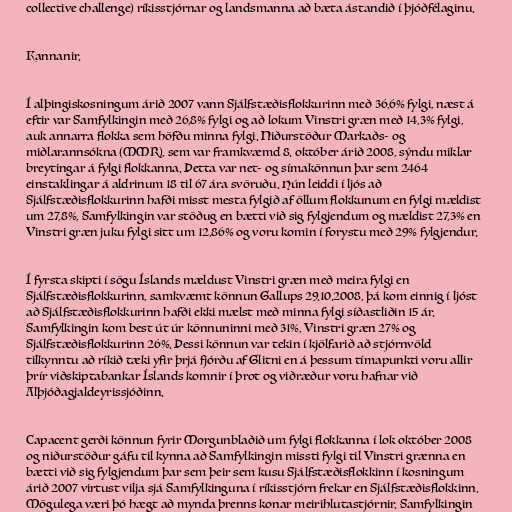
collective challenge) ríkisstjórnar og landsmanna að bæta ástandið í þjóðfélaginu.

Kannanir.

Í alþingiskosningum árið 2007 vann Sjálfstæðisflokkurinn með 36,6% fylgi, næst á
eftir var Samfylkingin með 26,8% fylgi og að lokum Vinstri græn með 14,3% fylgi,
auk annarra flokka sem höfðu minna fylgi. Niðurstöður Markaðs- og
miðlarannsókna (MMR), sem var framkvæmd 8. október árið 2008, sýndu miklar
breytingar á fylgi flokkanna. Þetta var net- og símakönnun þar sem 2464
einstaklingar á aldrinum 18 til 67 ára svöruðu. Hún leiddi í ljós að
Sjálfstæðisflokkurinn hafði misst mesta fylgið af öllum flokkunum en fylgi mældist
um 27,8%, Samfylkingin var stöðug en bætti við sig fylgjendum og mældist 27,3% en
Vinstri græn juku fylgi sitt um 12,86% og voru komin í forystu með 29% fylgjendur.

Í fyrsta skipti í sögu Íslands mældust Vinstri græn með meira fylgi en
Sjálfstæðisflokkurinn, samkvæmt könnun Gallups 29.10.2008, þá kom einnig í ljóst
að Sjálfstæðisflokkurinn hafði ekki mælst með minna fylgi síðastliðin 15 ár.
Samfylkingin kom best út úr könnuninni með 31%, Vinstri græn 27% og
Sjálfstæðisflokkurinn 26%. Þessi könnun var tekin í kjölfarið að stjórnvöld
tilkynntu að ríkið tæki yfir þrjá fjórðu af Glitni en á þessum tímapunkti voru allir
þrír viðskiptabankar Íslands komnir í þrot og viðræður voru hafnar við
Alþjóðagjaldeyrissjóðinn.

Capacent gerði könnun fyrir Morgunblaðið um fylgi flokkanna í lok október 2008
og niðurstöður gáfu til kynna að Samfylkingin missti fylgi til Vinstri grænna en
bætti við sig fylgjendum þar sem þeir sem kusu Sjálfstæðisflokkinn í kosningum
árið 2007 virtust vilja sjá Samfylkinguna í ríkisstjórn frekar en Sjálfstæðisflokkinn.
Mögulega væri þó hægt að mynda þrenns konar meirihlutastjórnir. Samfylkingin